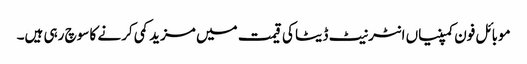
موبائل فون کمپنیاں انٹرنیٹ ڈیٹا کی قیمت میں مزید کمی کرنے کا سوچ رہی ہیں۔